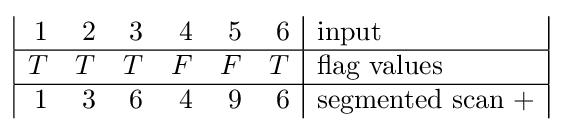
{\begin{array}{|rrrrrr|l|}1&2&3&4&5&6&{\text{input}}\\\hline T&T&T&F&F&T&{\text{flag values}}\\\hline 1&3&6&4&9&6&{\text{segmented scan +}}\\\end{array}}